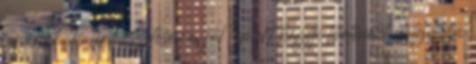
japánok, és természetesen a jól ismert hegyi történetet dolgozza